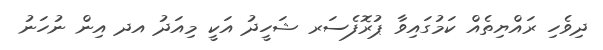
ދިވެހި ރައްޔިތެއް ކަމުގައިވާ ޕުރޮފެސަރ ޝަހީދު އަކީ މިއަދު އދ އިން ނުހަނު